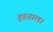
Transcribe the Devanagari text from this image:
हडताल।